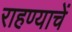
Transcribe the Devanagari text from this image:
राहण्याचें